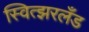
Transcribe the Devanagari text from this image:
स्वित्झरलँड